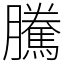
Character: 騰